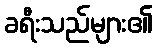
ခရီးသည်များ၏